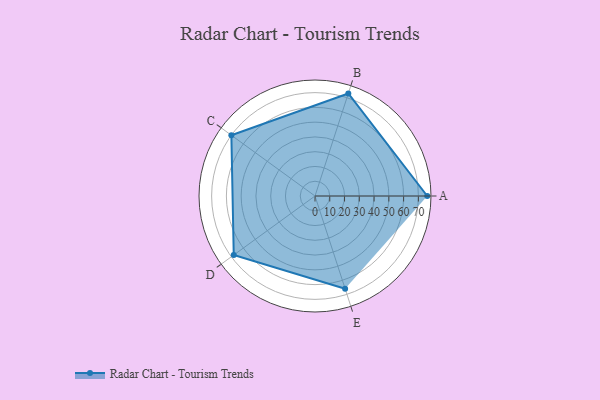
{"axis": {"x": "Skill", "y": "Score"}, "legend": ["Profile"], "data": [{"x": "A", "y": 76.0, "type": "Profile"}, {"x": "B", "y": 73.0, "type": "Profile"}, {"x": "C", "y": 70.0, "type": "Profile"}, {"x": "D", "y": 68.0, "type": "Profile"}, {"x": "E", "y": 66.0, "type": "Profile"}]}